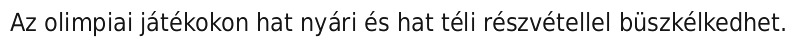
Az olimpiai játékokon hat nyári és hat téli részvétellel büszkélkedhet.